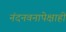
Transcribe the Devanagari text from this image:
नंदनवनापेक्षाही